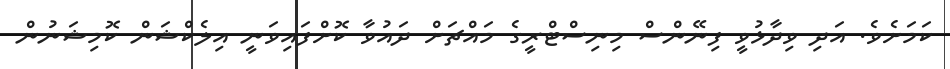
ކަމަށެވެ. އަދި ވިދާޅުވީ ފިނޭންސް މިނިސްޓްރީގެ މައްޗަށް ދައުވާ ކޮށްފައިވަނީ އިލެކްޝަން ކޮމިޝަނުން